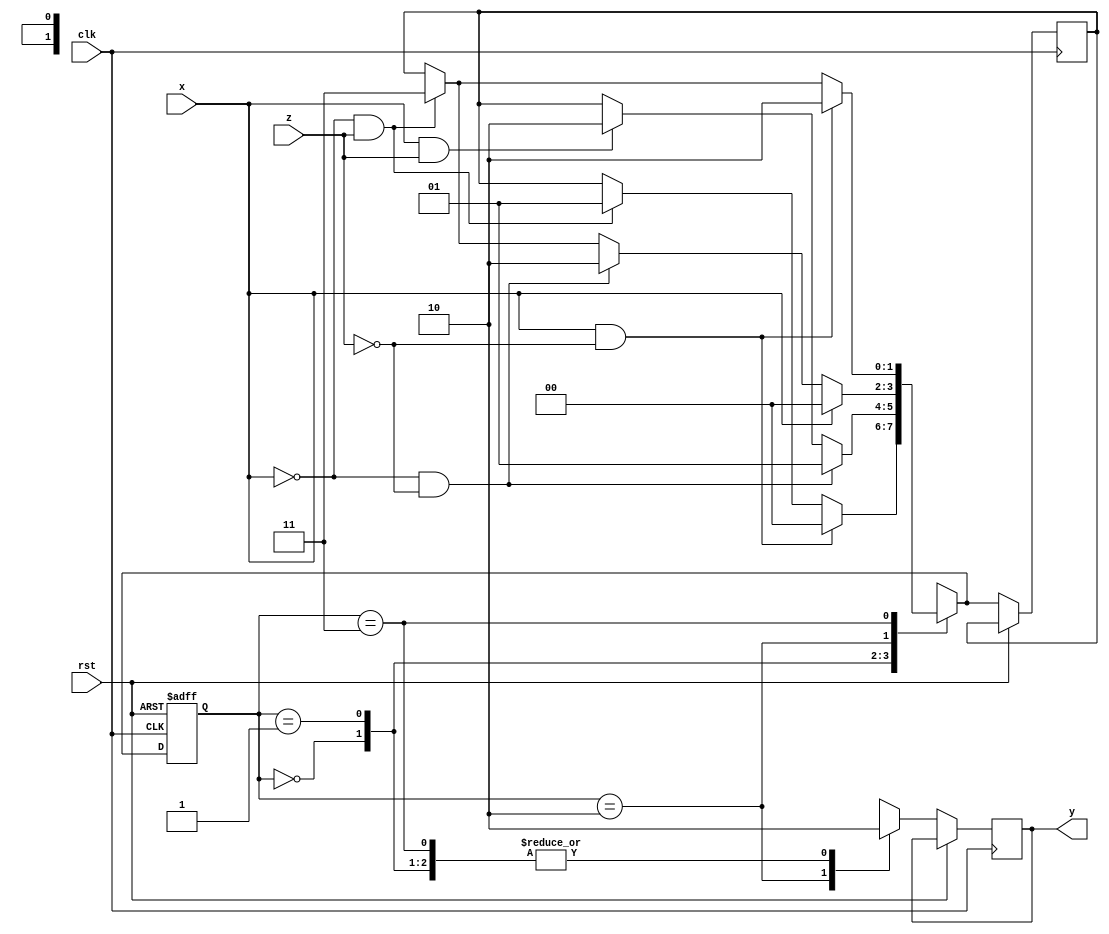
module fsm4(input x , z ,clk , rst , output reg y);
parameter S0 = 2'b00;
parameter S1 = 2'b01;
parameter S2 = 2'b10;
parameter S3 = 2'b11;
reg [1:0]p,n;

always @(posedge clk or posedge rst)
begin
	if(rst) p = S0;
	else
		begin
			case({p})
				S0 : 
					begin
						y = 1'b0;
						if(x && !z) n = S0 ;
						else if(!x && z)n = S1;
					end
				S1 : 
					begin
						y = 1'b0;
						if(!x && !z) n = S1;
						else if(x && z) n = S2;
					end
				S2 : 
					begin
						y = 1'b1;
						if(x) n = S0;
						else if(!x && !z) n = S2;
						else if(!x && z) n = S3;
					end
				S3 : 
					begin
						y = 1'b0;
						if(x && !z) n = S2;
						else if(!x && z) n = S3;
					end
				default :
					begin
						y = 1'b0;
						end
			endcase
			p = n;
		end
	end
endmodule